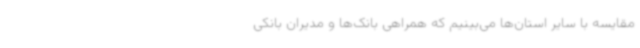
مقایسه با سایر استان‌ها می‌بینیم که همراهی بانک‌ها و مدیران بانکی